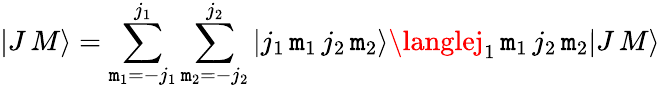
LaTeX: |J\, M\rangle=\sum_{\mathtt{m}_{1}=-j_{1}}^{j_{1}}\sum_{\mathtt{m}_{2}=-j_{2}}^{j_{2}}|j_{1}\, \mathtt{m}_{1}\, j_{2}\, \mathtt{m}_{2}\rangle\langlej_{1}\, \mathtt{m}_{1}\, j_{2}\, \mathtt{m}_{2}|J\, M\rangle